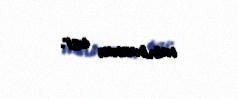
minimumu var.